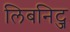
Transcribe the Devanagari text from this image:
लिबनिट्ज